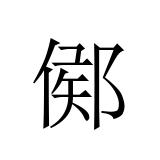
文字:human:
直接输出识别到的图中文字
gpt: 鄇